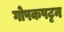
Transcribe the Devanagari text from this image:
गोपकपट्टन